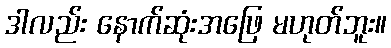
ဒါလည်း နောက်ဆုံးအဖြေ မဟုတ်ဘူး။